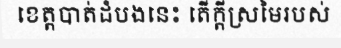
ខេត្តបាត់ដំបងនេះ តើក្តីស្រមៃរបស់